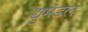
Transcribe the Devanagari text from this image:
द्युमंडल